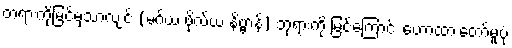
တရားကိုမြင်မှသာလျင် (မဂ်ယ ဖိုလ်ယ နိဗ္ဗာန်) ဘုရားကို မြင်ကြောင်း ဟောထားတော်မူပုံ